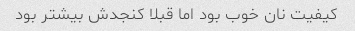
کیفیت نان خوب بود اما قبلا کنجدش بیشتر بود